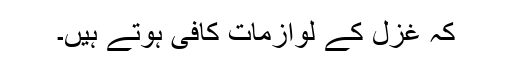
کہ غزل کے لوازمات کافی ہوتے ہیں۔